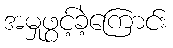
အမှုဖွင့်ခဲ့ကြောင်း